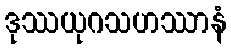
ဒုဿယုဂသဟဿာနံ